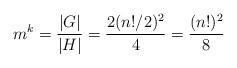
LaTeX: \begin{align*}m^k=\frac{|G|}{|H|}=\frac{2(n!/2)^2}{4}=\frac{(n!)^2}{8}\end{align*}